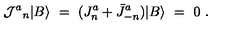
{ { \cal J } ^ { a } } _ { n } \vert B \rangle \ = \ ( J _ { n } ^ { a } + \bar { J } _ { - n } ^ { a } ) \vert B \rangle \ = \ 0 \ .